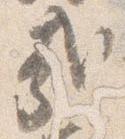
哉